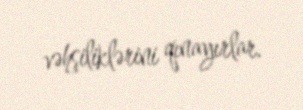
vəhşiliklərini qınayırlar.